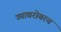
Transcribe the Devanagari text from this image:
ज्याबरोबरच